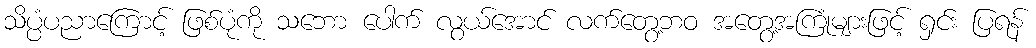
သိပ္ပံပညာကြောင့် ဖြစ်ပုံကို သဘော ပေါက် လွယ်အောင် လက်တွေ့ဘဝ အတွေ့အကြုံများဖြင့် ရှင်း ပြရန်